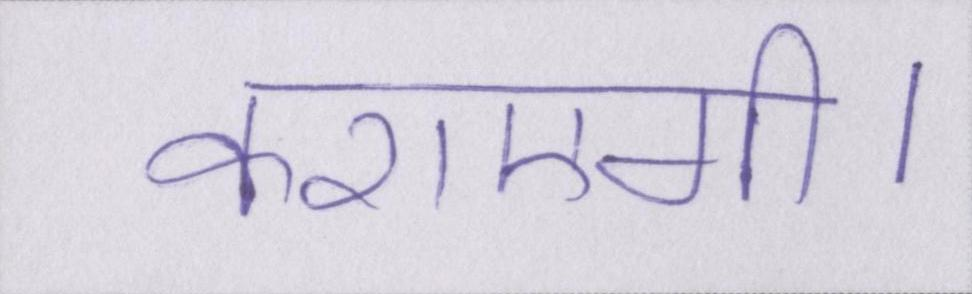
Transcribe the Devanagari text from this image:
कराएगी।